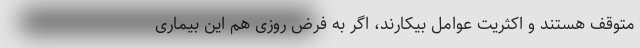
متوقف هستند و اکثریت عوامل بیکارند، اگر به فرض روزی هم این بیماری